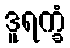
ဒူရက္ခံ